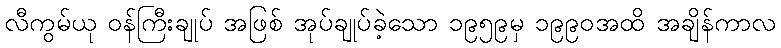
လီကွမ်ယု ဝန်ကြီးချုပ် အဖြစ် အုပ်ချုပ်ခဲ့သော ၁၉၅၉မှ ၁၉၉၀အထိ အချိန်ကာလ